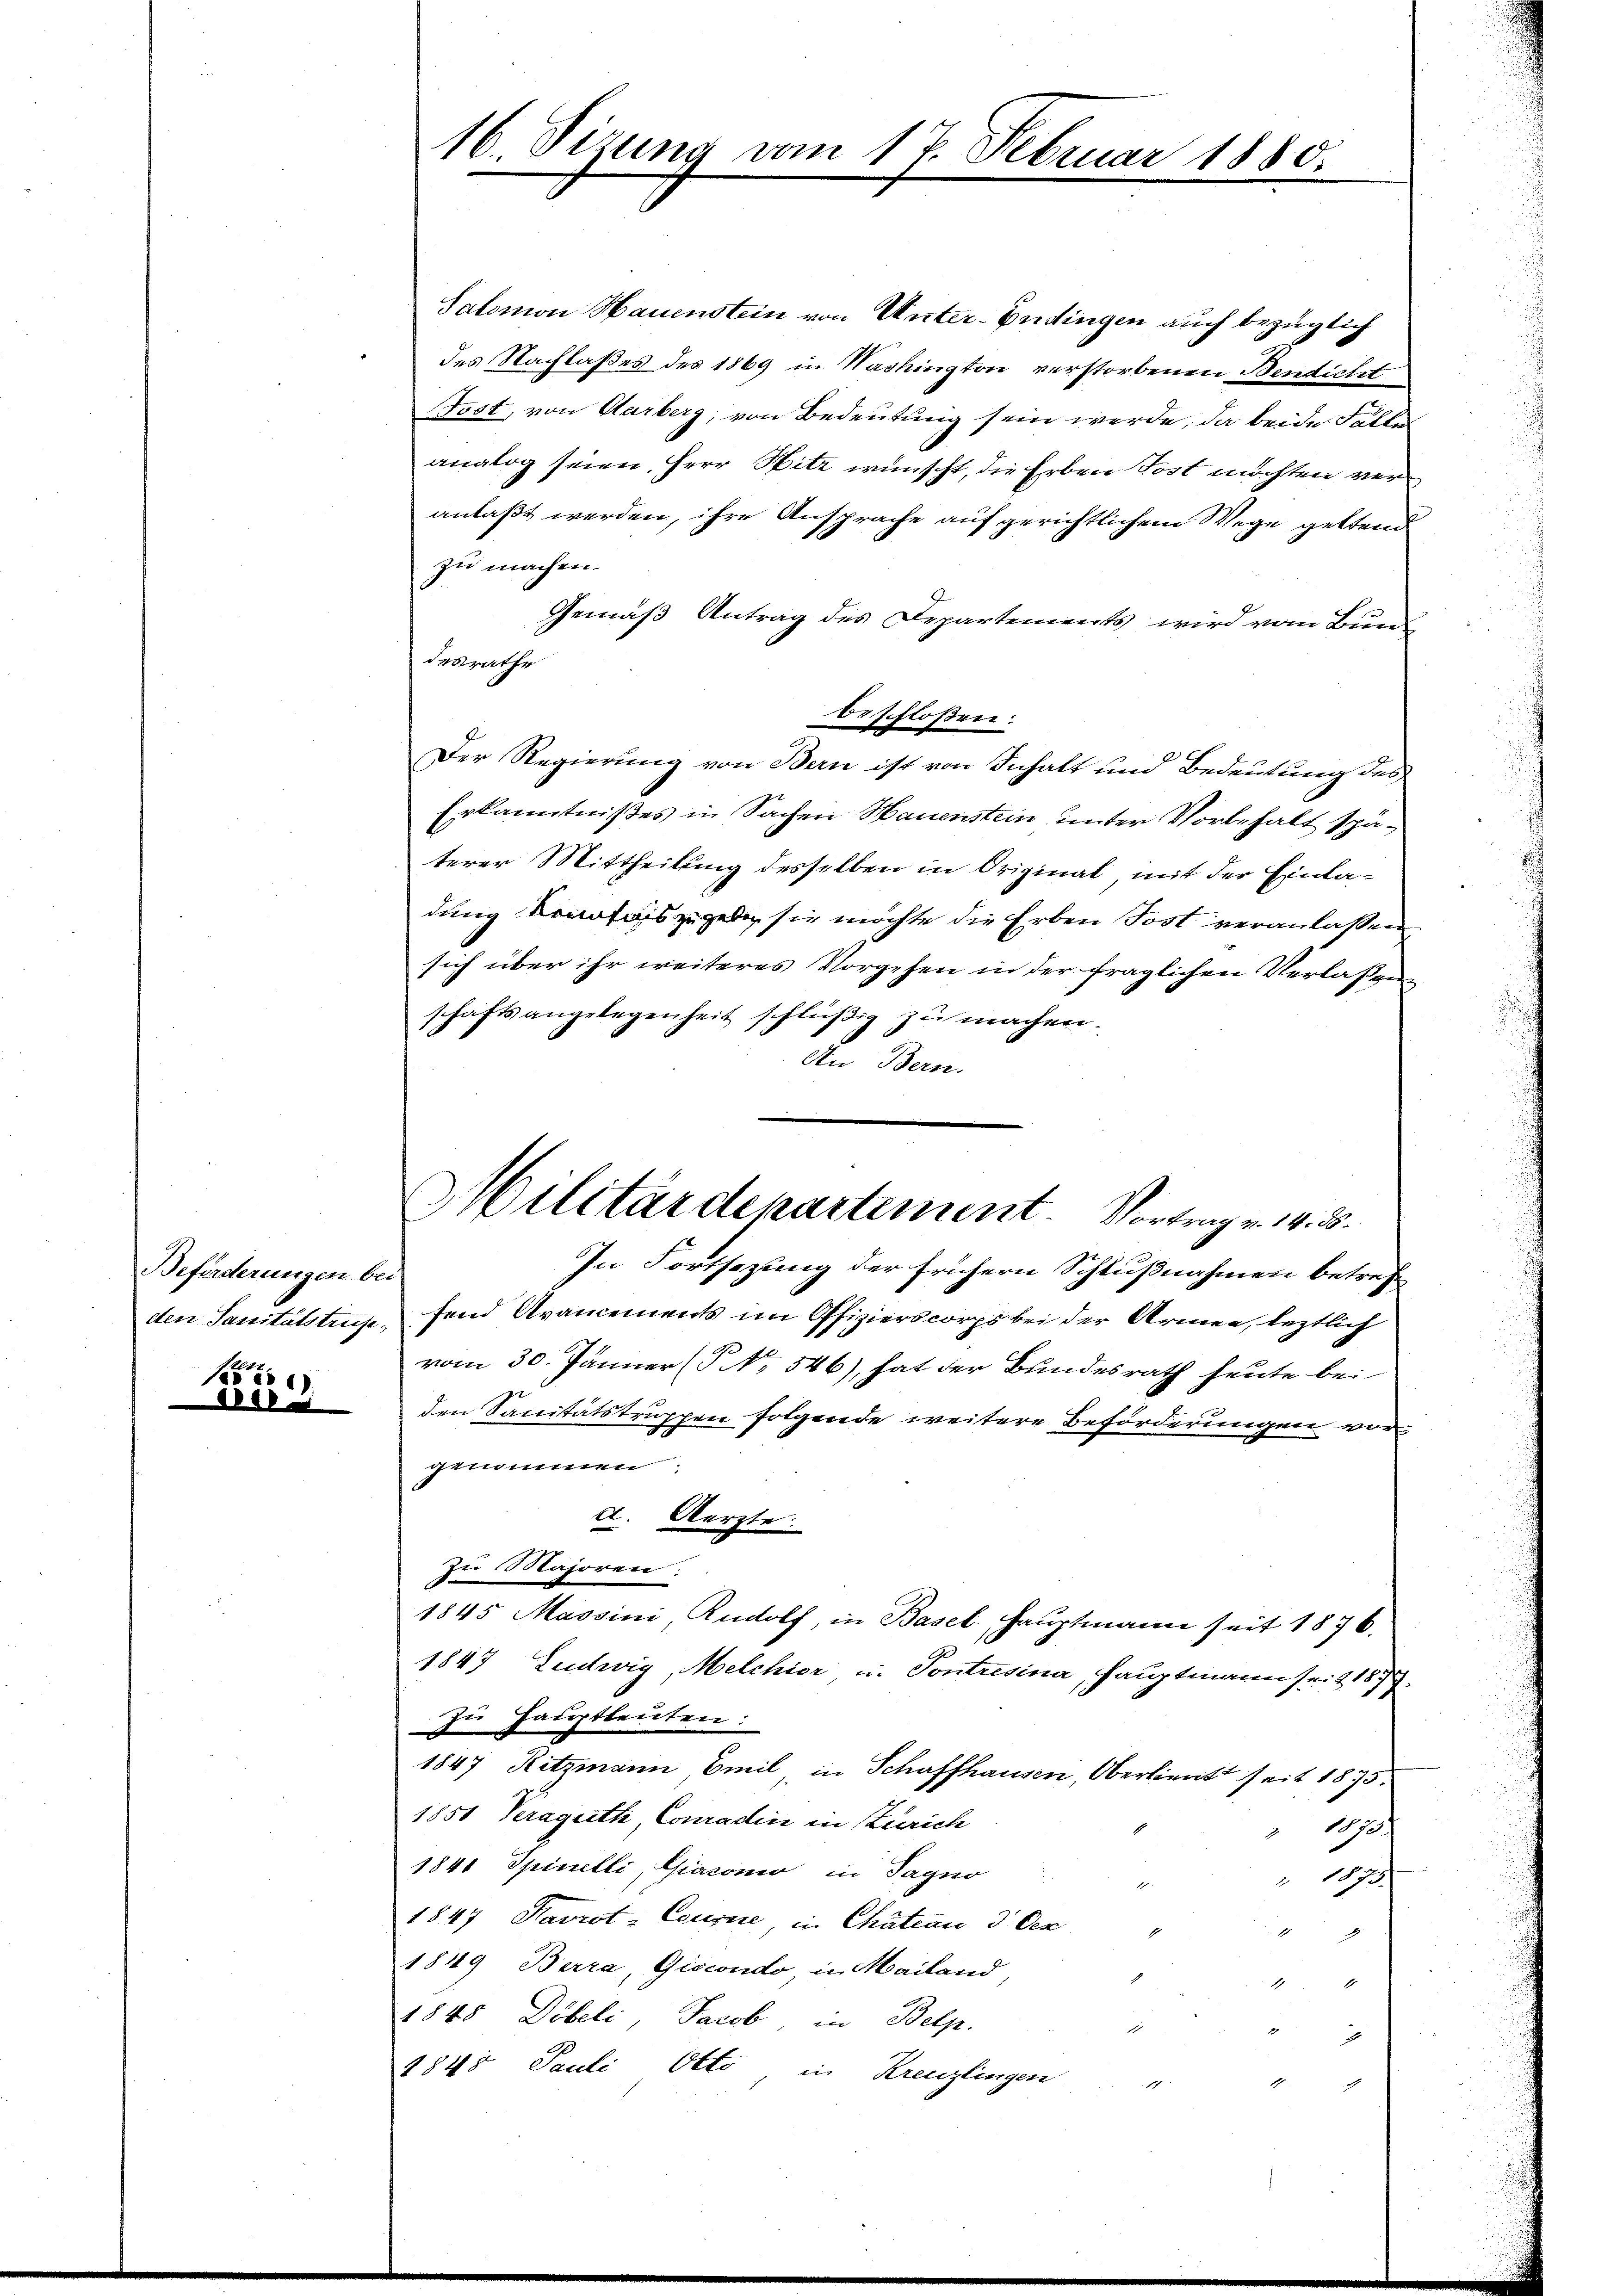
Beförderungen bei
den Sanitalstruse¬
15

derb

Salomon Hauenstein von Unter-Endingen auch bezüglich
des Nachlaßes des 1869 in Nashington verstorbenen Bendicht
Tost, von Aarberg, von Bedeutung sein werde, da beide Fälle
analog seien, Herr Witz wünscht, die Erben Tost möchten veranlaßt werden, ihre Ansprache auf gerichtlichem Wege geltend
zu machen.
Gemäß Antrag des Departements wird vom Buen
desrathe
beschloßen:
Der Regierung von Bern ist von Inhalt und Bedeutung des
Erkanntnißes in Sachen Hauenstein, unter Vorbehalt späterer Mittheilung desselben in Original, mit der Einladung Kenntnis zugeben sie möchte die Erben Jost veranlaßen,
sich über ihr weiteres Vorgehen in der fraglichen Verlassun
schaftsangelegenheit schlüßig zu machen.
An Bern.
fend Avancements im Offizierscorps bei der Armen, leztlich
Ge
vom 30. Jänner ( No 546), hat der Bundesrath heute bei
den Sanitätstruppen folgende weitere Beförderungen vorgenommen.
d. Aerzte.
zu Majoren;
1845 Massini Rudolf, in Basel. Hauptmann seit 1876,
1847 Ludwig, Melchior u. Pontresina, Hauptmann seit 187
Zu Hauptleuten:
1847 Ritzmann Emil, in Schaffhausen, Oberlieutt seit 1875.
1851 Veraguth Conradin in Zürich
1873.
1841 Spinelli, Giacono in Sagno
13/
1847 Havrot: Courire, in Chatian 3. Cen
1
1849 Berra, Giscondo in Mailand,
1
1
1848 Döbeli, Jacob in Belp.
1
E
1845 Pauli Otto in Kreuzlingen
1
1

16. Sizung vom 17. Februar 1880.

Militärdepartement. Vortrag v. 14. 8.
In Fortsezung der frühern Schlußnahmen betreff

.
d